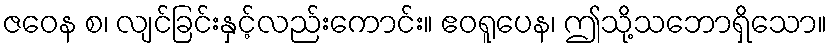
ဇဝေန စ၊ လျင်ခြင်းနှင့်လည်းကောင်း။ ဧဝရူပေန၊ ဤသို့သဘောရှိသော။